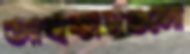
আহকামগুলো